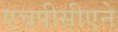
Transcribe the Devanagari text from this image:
एचपीसीएने